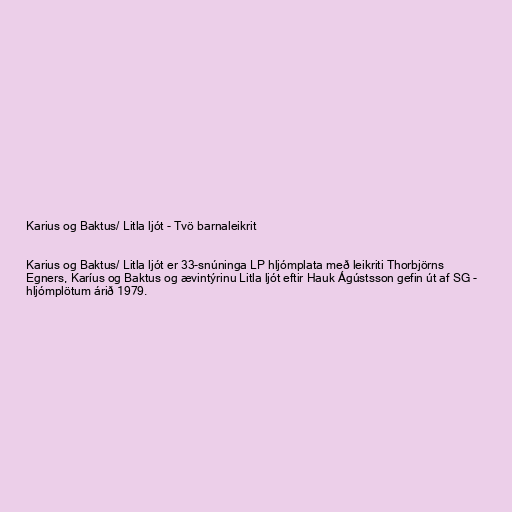
Karius og Baktus/ Litla ljót - Tvö barnaleikrit

Karius og Baktus/ Litla ljót er 33-snúninga LP hljómplata með leikriti Thorbjörns
Egners, Karíus og Baktus og ævintýrinu Litla ljót eftir Hauk Ágústsson gefin út af SG -
hljómplötum árið 1979.